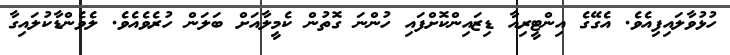
ހުޅުވާލައިފިއެވެ. އެގޭގެ އިންޓީރިއާ ޑިޒައިންކޮށްފައި ހުންނަ ގޮތުން ކެމީލާއަށް ބަލަން ހުރެވެއެވެ. ލެވެންޑާކުލައިގާ